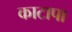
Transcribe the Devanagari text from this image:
काटापा